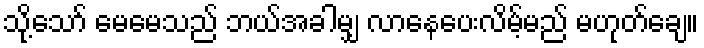
သို့သော် မေမေသည် ဘယ်အခါမျှ လာနေပေးလိမ့်မည် မဟုတ်ချေ။